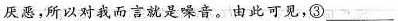
厌恶，所以对我而言就是噪音。由此可见，③___